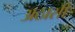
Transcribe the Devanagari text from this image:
अठासी